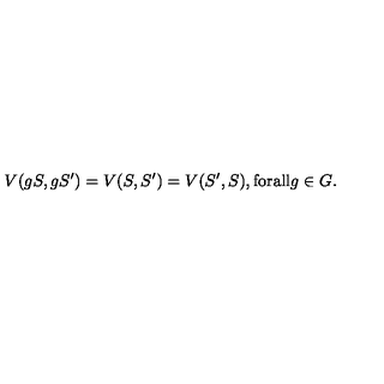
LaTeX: V ( g S , g S ^ { \prime } ) = V ( S , S ^ { \prime } ) = V ( S ^ { \prime } , S ) , \mathrm { f o r a l l } g \in G .